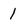
Character: 1